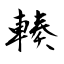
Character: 輳